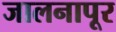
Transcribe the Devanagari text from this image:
जालनापूर